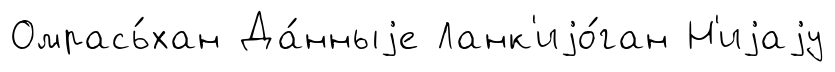
Омрась́хан Да́нныjе Ланк'иjо́ган Н'иjаjу